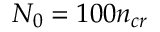
N _ { 0 } = 1 0 0 n _ { c r }